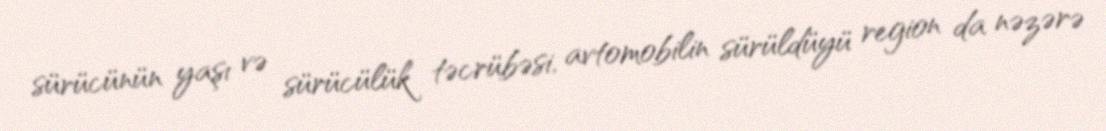
sürücünün yaşı və sürücülük təcrübəsi, avtomobilin sürüldüyü region da nəzərə